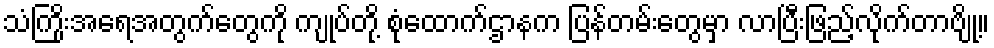
သံကြိုးအရေအတွက်တွေကို ကျုပ်တို့ စုံထောက်ဌာနက ပြန်တမ်းတွေမှာ လာပြီးဖြည့်လိုက်တာဗျို့။